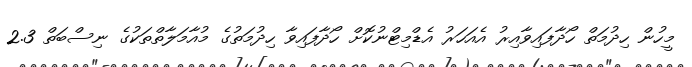
މީހުން ހިދުމަތް ހޯދާފައިވާއިރު އެއަހަރު އެޑްމިޓްނުކޮށް ހޯދާފައިވާ ހިދުމަތުގެ މުއާމަލާތްތަކުގެ ނިސްބަތް 2.3